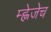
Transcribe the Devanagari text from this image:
म्ह्णेजेच